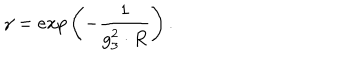
\gamma = e x p \left( - \frac { 1 } { g _ { 3 } ^ { 2 } \cdot R } \right) .